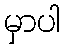
မှာပါ